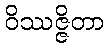
ဝိဿဇ္ဇိတာ